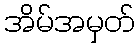
အိမ်အမှတ်